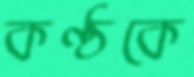
কণ্ঠকে